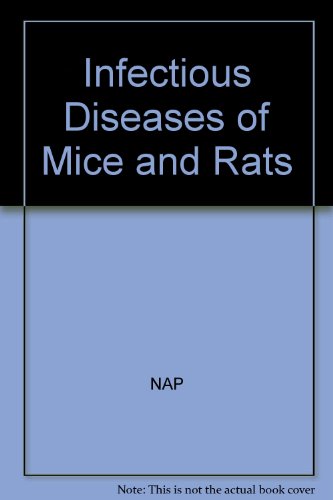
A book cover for Infectious Diseases of Mice and Rats; Committee on Infectious Diseases of Mice and Rats; Medical Books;